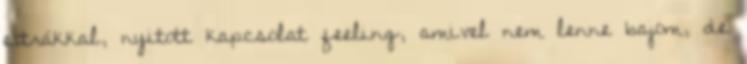
extrákkal, nyitott kapcsolat feeling, amivel nem lenne bajom, de